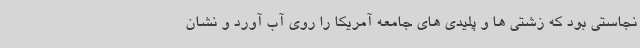
نجاستی بود که زشتی ها و پلیدی های جامعه آمریکا را روی آب آورد و نشان